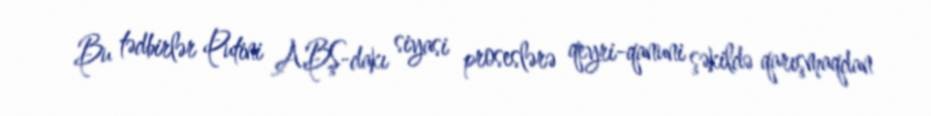
Bu tədbirlər Putini ABŞ-dakı siyasi proseslərə qeyri-qanuni şəkildə qarışmaqdan